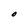
Character: O